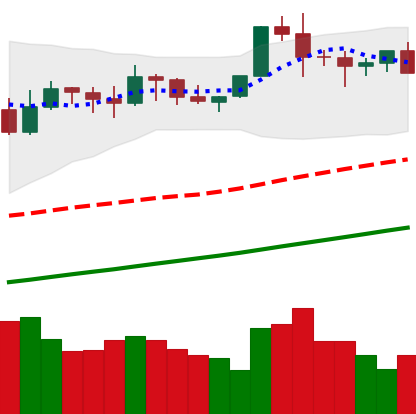
Ticker: BTC-USD
Chart end date: 2021-11-15
Forward return: -6.074%
Label: down_5_7